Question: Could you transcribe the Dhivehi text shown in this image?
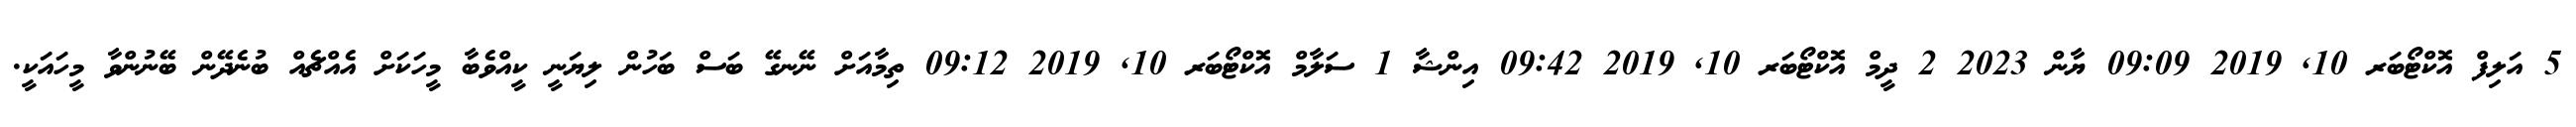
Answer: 5 އަލިފް އޮކްޓޯބަރ 10, 2019 09:09 ޔާން 2023 2 ދީމް އޮކްޓޯބަރ 10, 2019 09:42 އިންޝާ 1 ސަލާމް އޮކްޓޯބަރ 10, 2019 09:12 ތިމާއަށް ނޭނގޭ ބަސް ބަހުން ލިޔަނީ ކީއްވެބާ މީހަކަށް އެއްޗެއް ބުނެދޭން ބޭނުންވާ މީހައަކީ.